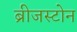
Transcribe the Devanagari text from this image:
ब्रीजस्टोन